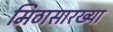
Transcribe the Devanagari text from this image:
मिठासारख्या